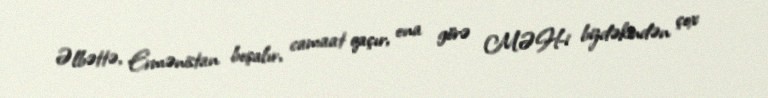
Əlbəttə, Ermənistan boşalır, camaat qaçır, ona görə MƏH-i bizdəkindən çox